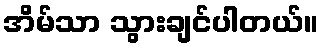
အိမ်သာ သွားချင်ပါတယ်။